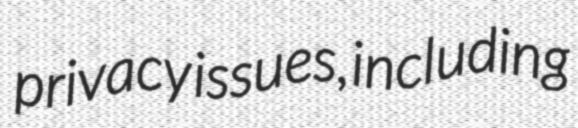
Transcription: privacy issues, including